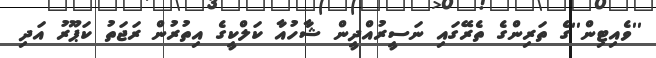
''ވެއިޓިން''ގެ ތަރިންގެ ތެރޭގައި ނަސީރުއްދީން ޝާހުއާ ކަލްކީގެ އިތުރުން ރަޖަތު ކަޕޫރު އަދި